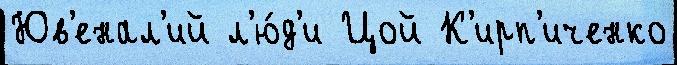
Юв'енал'ий л'ю́д'и Цой К'ирп'иченко